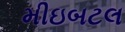
મીઇબટલ